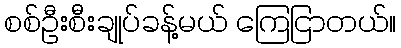
စစ်ဦးစီးချုပ်ခန့်မယ် ကြေငြာတယ်။